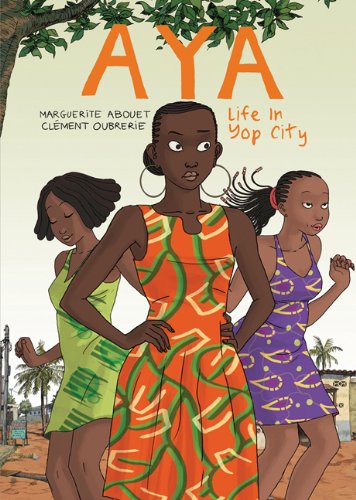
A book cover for Aya: Life in Yop City; Marguerite Abouet; Comics & Graphic Novels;